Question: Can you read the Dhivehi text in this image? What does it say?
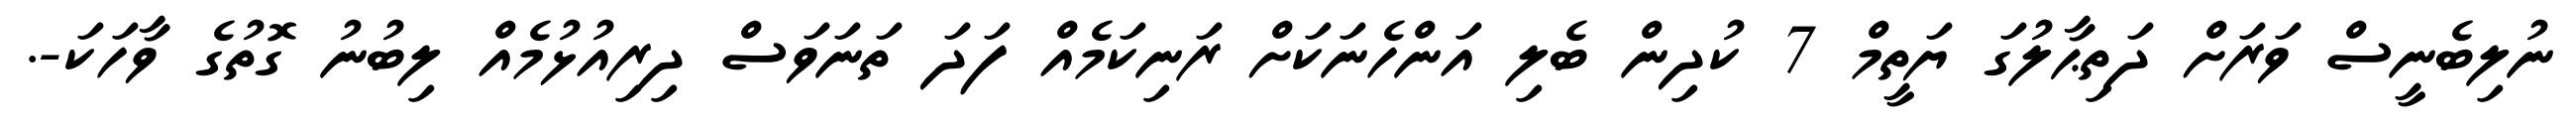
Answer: ނުލިބެނީސް ވަރަށް ދަތިޙާލުގަ ޔަތީމް 7 ކުދިން ބެލި އަންހެނަކަށް ރަނިކަމެއް ފަދަ ތަނަވަސް ދިރިއުޅުމެއް ލިބުނު ގޮތުގެ ވާހަކަ-.